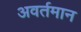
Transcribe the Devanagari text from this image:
अवर्तमान